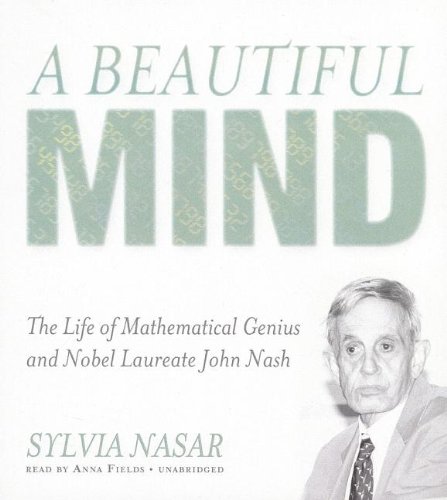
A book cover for A Beautiful Mind: The Life of Mathematical Genius and Nobel Laureate John Nash; Sylvia Nasar; Health, Fitness & Dieting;